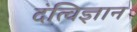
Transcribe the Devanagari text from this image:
दंत्विज्ञान